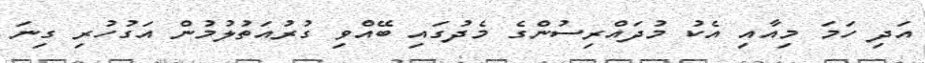
އަދި ހަމަ މިއާއި އެކު މުދައްރިސުންގެ މެދުގައި ބޭއްވި ގުރުއަތުލުމުން އަގުހުރި ގިނަ